Document type: payment_order
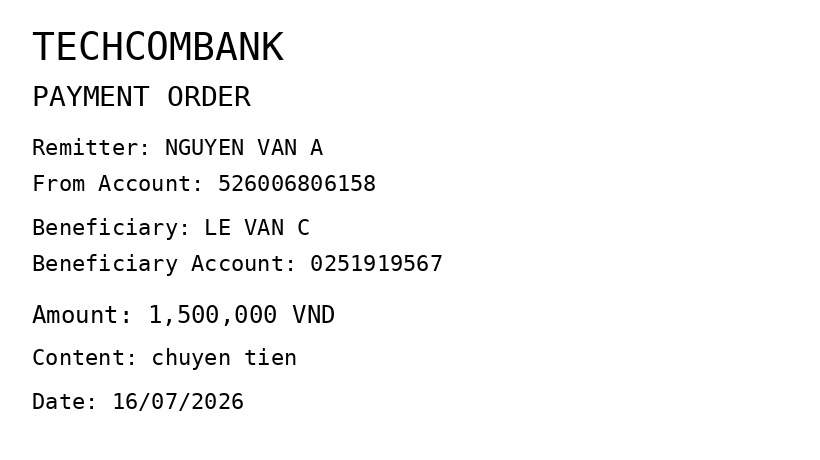
OCR transcript:
TECHCOMBANK
PAYMENT ORDER
Remitter: NGUYEN VAN A
From Account: 526006806158
Beneficiary: LE VAN C
Beneficiary Account: 0251919567
Amount: 1,500,000 VND
Content: chuyen tien
Date: 16/07/2026
Extracted fields:
bank_name: techcombank
sender_name: nguyen van a
sender_account: 526006806158
beneficiary_name: le van c
beneficiary_account: 0251919567
amount: 1500000
content: chuyen tien
date: 2026-07-16